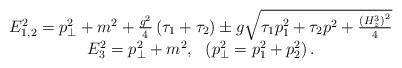
LaTeX: \begin{align*} \begin{array}{c}E_{1,2}^2=p_{\bot }^2+m^2+ \frac{g^2}4\left( \tau _1+\tau _2\right) \pm g\sqrt{\tau _1p_1^2+\tau _2p^2+ \frac{\left( H_z^3\right) ^2}4} \\ E_3^2=p_{\bot }^2+m^2,\ \ \left( p_{\bot}^2=p_1^2+p_2^2\right) . \end{array}\end{align*}